Reports on dispensaries and lunatic asylums in the Province of Oudh - 1869-1876
Year: 1869
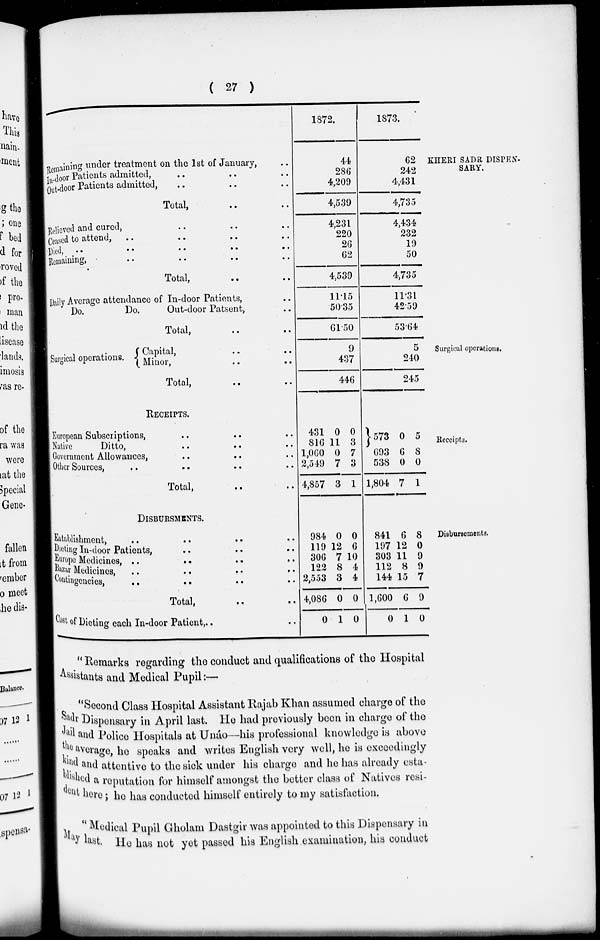
( 27 )
KHERI SADR DISPEN-
SARY.
Remaining under treatment on the 1st of January, ..
In-door Patients admitted, .. .. ..
Out-door Patients admitted, .. ..
Total, .. ..
Relieved and cured, .. .. ..
Ceased to attend, .. .. .. ..
Died,
..
..
..
..
..
Remaining, .. .. .. ..
Total, .. ..
Daily Average attendance of In-door Patients, ..
Do.
Do.
Out-door Patsent, ..
Total, .. ..
1872.
44
286
4,209
4,539
4,231
220
26
62
4,539
11.15
50.35
61.50
1873.
62
242
4,431
4,735
4,434
232
19
50
4,735
11.31
42.59
53.64
Surgical operations.
Surgical operations.
Capital, .. ..
Minor, .. ..
Total,
..
..
9
437
446
5
240
245
Receipts.
RECEIPTS.
European Subscriptions, .. .. ..
Native
Ditto, .. .. ..
Government Allowances, .. .. ..
Other Sources, .. .. .. ..
Total, .. ..
431
816
1,060
2,549
4,857
0
11
0
7
3
0
3
7
3
1
573
693
538
1,804
0
6
0
7
5
8
0
1
Disbursements.
DISBURSMENTS.
Eatablishment, .. .. .. ..
dieting In-door Patients, .. .. ..
Europe Medicines, .. .. .. ..
Bazar Medicines,
.. .. .. ..
Coutingencies, .. .. .. ..
Total, .. ..
Cost of Dieting each In-door Patient, .. ..
984
119
306
122
2,553
4,086
0
0
12
7
8
3
0
1
0
6
10
4
4
0
0
841
197
303
112
144
1,600
0
6
12
11
8
15
6
1
8
0
9
9
7
9
0
"Remarks regarding the conduct and qualifications of the Hospital
Assistants and Medical Pupil :—
"Second Class Hospital Assistant Rajab Khan assumed charge of the
Sadr Dispensary in April last. He had previously been in charge of the
Jail and Police Hospitals at Unáo—his professional knowledge is above
the average, he speaks and writes English very well, he is exceedingly
kind and attentive to the sick under his charge and he has already esta-
blished a reputation for himself amongst the better class of Natives resi-
dent here; he has conducted himself entirely to my satisfaction.
"Medical
Pupil Gholam Dastgir was appointed to this Dispensary in
May last. He has not yet passed his English examination, his conduct